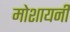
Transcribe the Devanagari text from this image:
मोशायनी